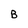
Character: B